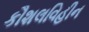
કૌશલવિહીન